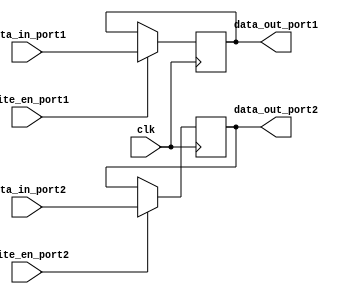
module dual_port_register(
    input wire clk,
    input wire [7:0] data_in_port1,
    input wire write_en_port1,
    output reg [7:0] data_out_port1,
    input wire [7:0] data_in_port2,
    input wire write_en_port2,
    output reg [7:0] data_out_port2
);

always @(posedge clk) begin
    if(write_en_port1) begin
        data_out_port1 <= data_in_port1;
    end
    if(write_en_port2) begin
        data_out_port2 <= data_in_port2;
    end
end

endmodule